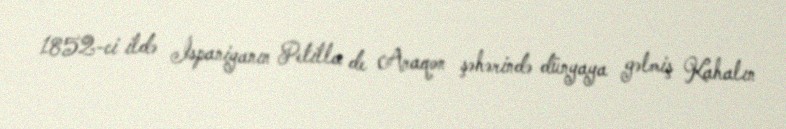
1852-ci ildə İspaniyanın Petilla de Araqon şəhərində dünyaya gəlmiş Kahalın